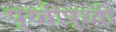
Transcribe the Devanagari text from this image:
पृथ्वीपृथ्वी